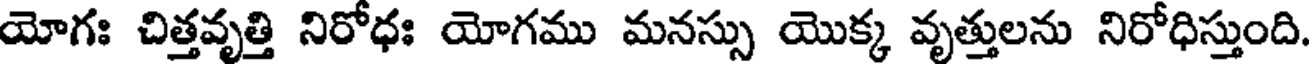
యోగః చిత్తవృత్తి నిరోధః యోగము మనస్సు యొక్క వృత్తులను నిరోధిస్తుంది.